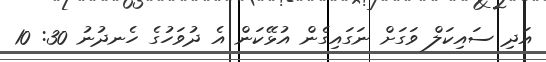
އަދި ސައިކަލް ވަގަށް ނަގައިގެން އުޅޭކަން އެ ދުވަހުގެ ހެނދުނު 30: 10